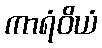
ကာရံဝိယံ